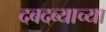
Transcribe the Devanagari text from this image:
दबदब्याच्या